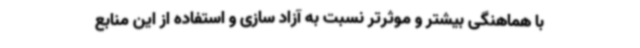
با هماهنگی بیشتر و موثرتر نسبت به آزاد سازی و استفاده از این منابع